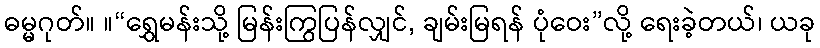
ဓမ္မဂုတ်။ ။“ရွှေမန်းသို့ မြန်းကြွပြန်လျှင်, ချမ်းမြရန် ပုံဝေး”လို့ ရေးခဲ့တယ်၊ ယခု